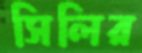
সিলির